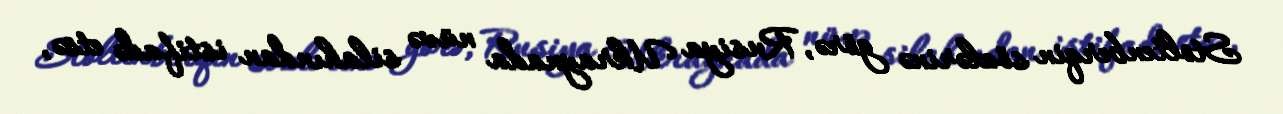
Stoltenberqin sözlərinə görə, Rusiya Ukraynada nüvə silahından istifadə etsə,